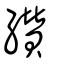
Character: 纘